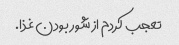
تعجب کردم از شور بودن غذا.